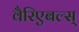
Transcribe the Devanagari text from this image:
वैरिएबल्स्